Vaccination report Assam 1874-1896 - 1874-1896
Year: 1874
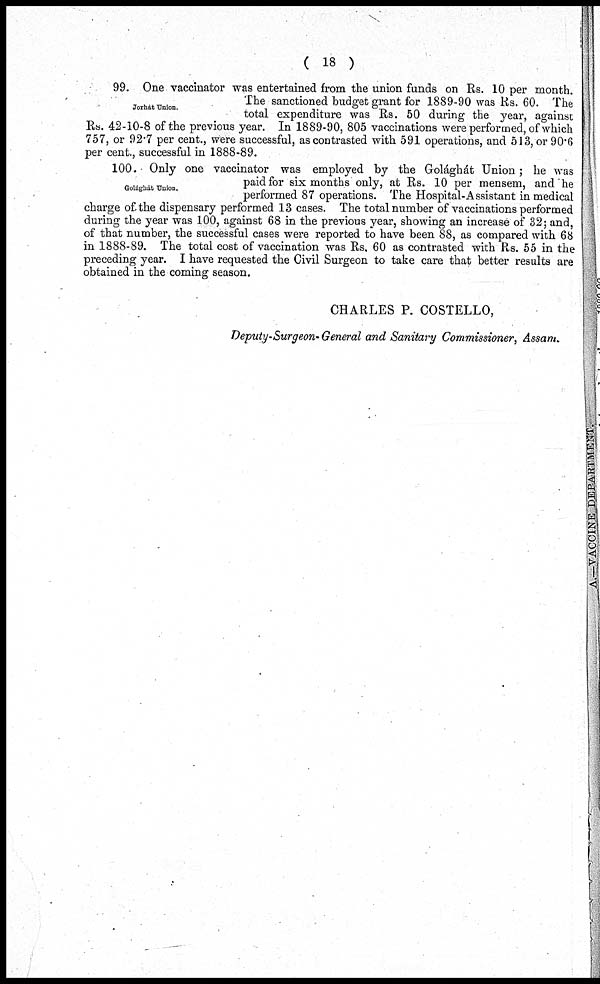
( 18 )
Jorhát Union.
99. One vaccinator was entertained from the union funds on Rs. 10 per month.
The sanctioned budget grant for 1889-90 was Rs. 60. The
total expenditure was Rs. 50 during the year, against
Rs. 42-10-8 of the previous year. In 1889-90, 805 vaccinations were performed, of which
757, or 92.7 per cent., were successful, as contrasted with 591 operations, and 513, or 90.6
per cent., successful in 1888-89.
Golághát Union.
100. Only one vaccinator was employed by the Golághát Union; he was
paid for six months only, at Rs. 10 per mensem, and he
performed 87 operations. The Hospital-Assistant in medical
charge of the dispensary performed 13 cases. The total number of vaccinations performed
during the year was 100, against 68 in the previous year, showing an increase of 32; and,
of that number, the successful cases were reported to have been 88, as compared with 68
in 1888-89. The total cost of vaccination was Rs. 60 as contrasted with Rs. 55 in the
preceding year. I have requested the Civil Surgeon to take care that better results are
obtained in the coming season.
CHARLES P. COSTELLO,
Deputy-Surgeon- General and Sanitary Commissioner, Assam.